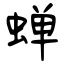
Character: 蝉